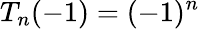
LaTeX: T_{n}(-1)=(-1)^{n}